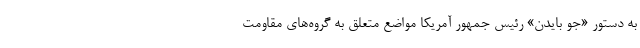
به دستور «جو بایدن» رئیس جمهور آمریکا مواضع متعلق به گروه‌های مقاومت